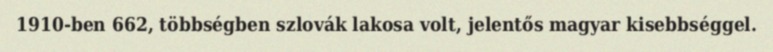
1910-ben 662, többségben szlovák lakosa volt, jelentős magyar kisebbséggel.